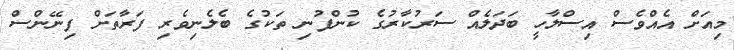
މިއަށް އެއްވެސް އިސްލާހީ ބަދަލެއް ސަރުކާރުގެ ކުންފުނި ތަކުގެ ބެލެނިވެރި ފަރާތަށް ފިނޭންސް